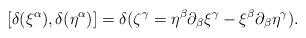
LaTeX: \begin{align*}[\delta (\xi^{\alpha}),\delta (\eta^{\alpha})]=\delta (\zeta ^{\gamma}=\eta^{\beta} \partial_{\beta} \xi^{\gamma} -\xi ^{\beta} \partial_{\beta}\eta^{\gamma}).\end{align*}